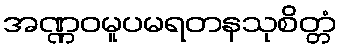
အဏ္ဏဝမူပမရတနသုစိတ္တံ